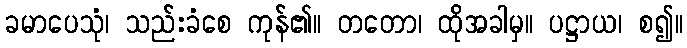
ခမာပေသုံ၊ သည်းခံစေ ကုန်၏။ တတော၊ ထိုအခါမှ။ ပဋ္ဌာယ၊ စ၍။